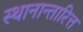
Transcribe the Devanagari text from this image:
स्थानान्तारित्त